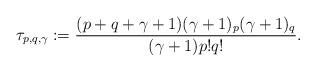
LaTeX: \begin{align*}\tau_{p,q,\gamma}:=\frac{(p+q+\gamma +1)(\gamma +1)_{p}(\gamma +1)_{q}}{(\gamma +1)p!q!}.\end{align*}